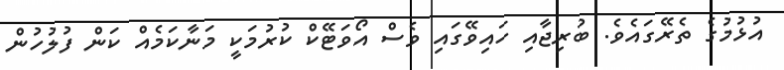
އުޅުމުގެ ތެރޭގައެވެ. ބުރިޖާއި ހައިވޭގައި ވެސް އޯވަޓޭކް ކުރުމަކީ މަނާކަމެއް ކަން ފުލުހުން